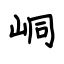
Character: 峒